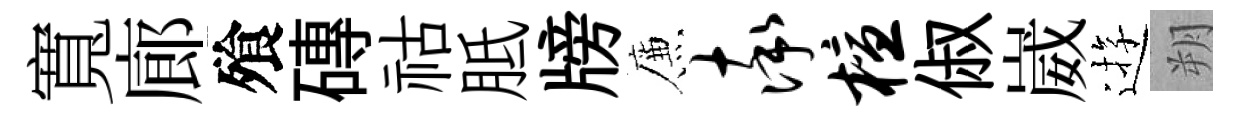
寬廊飱磚祜胝牓簾率檀俶崴逰朔